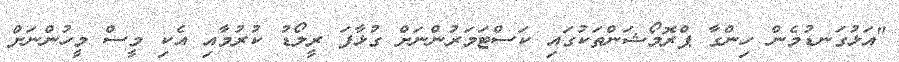
"އަޅުގަނޑުމެން ހިންގާ ޕްރޮމޯޝަންތަކުގައި ކަސްޓަމަރުންނަށް ގުޅާފަ ރީލޯޑު ކުރުމާއި އެކި މީސް މީހުންނަށް